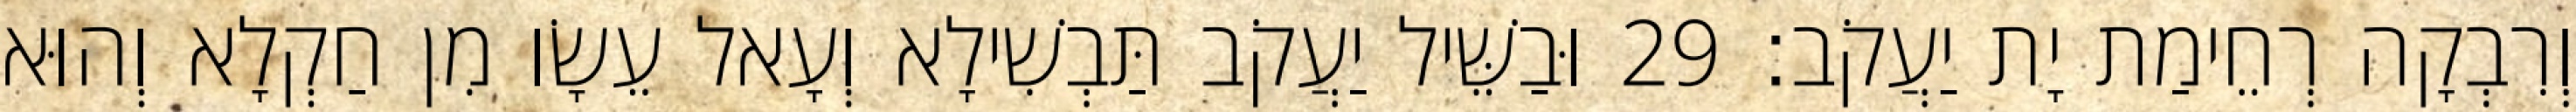
וְרִבְקָה רְחֵימַת יָת יַעֲקֹב׃ 29 וּבַשֵּׁיל יַעֲקֹב תַּבְשִׁילָא וְעָאל עֵשָׂו מִן חַקְלָא וְהוּא